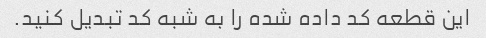
این قطعه کد داده شده را به شبه کد تبدیل کنید.